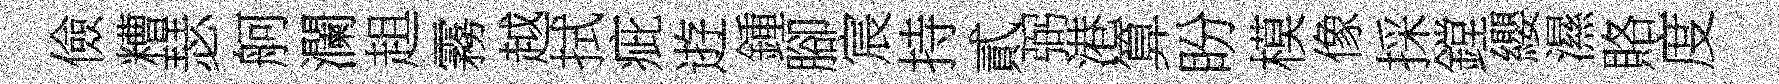
儉糟瑟舸瀾趄霧越拭疵逰鍾腳宸持貳弼港算盼模像採鏜纓濕賂度